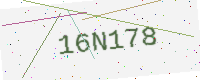
Text: 16N178